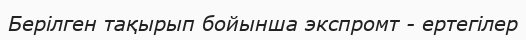
Берілген тақырып бойынша экспромт - ертегілер